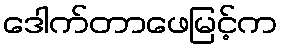
ဒေါက်တာဖေမြင့်က